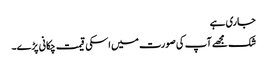
جاری ہے
شک مجھے آپ کی صورت میں اسکی قیمت چکانی پڑے۔